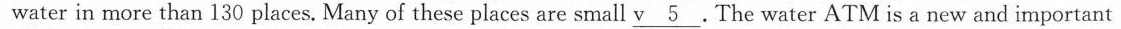
water in more than 130 places. Many of these places are small \underline{v 5}.The water ATM is a new and important